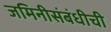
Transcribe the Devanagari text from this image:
जमिनीसंबंधीची